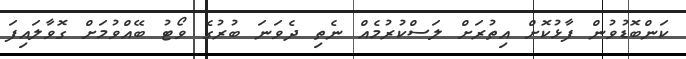
ކަންބޮޑުވުން ފާޅުކޮށް އިތުރަށް ލަސްކުރުމެއް ނެތި ދެވަނަ ބުރުގެ ވޯޓު ބޭއްވުމަށް ގޮވާލައިފަ